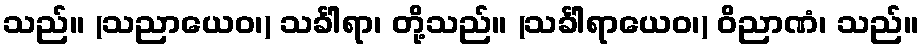
သည်။ (သညာယေဝ၊) သင်္ခါရာ၊ တို့သည်။ (သင်္ခါရာယေဝ၊) ဝိညာဏံ၊ သည်။